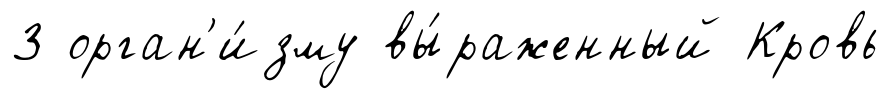
3 орган'и́зму вы́раженный Кровь